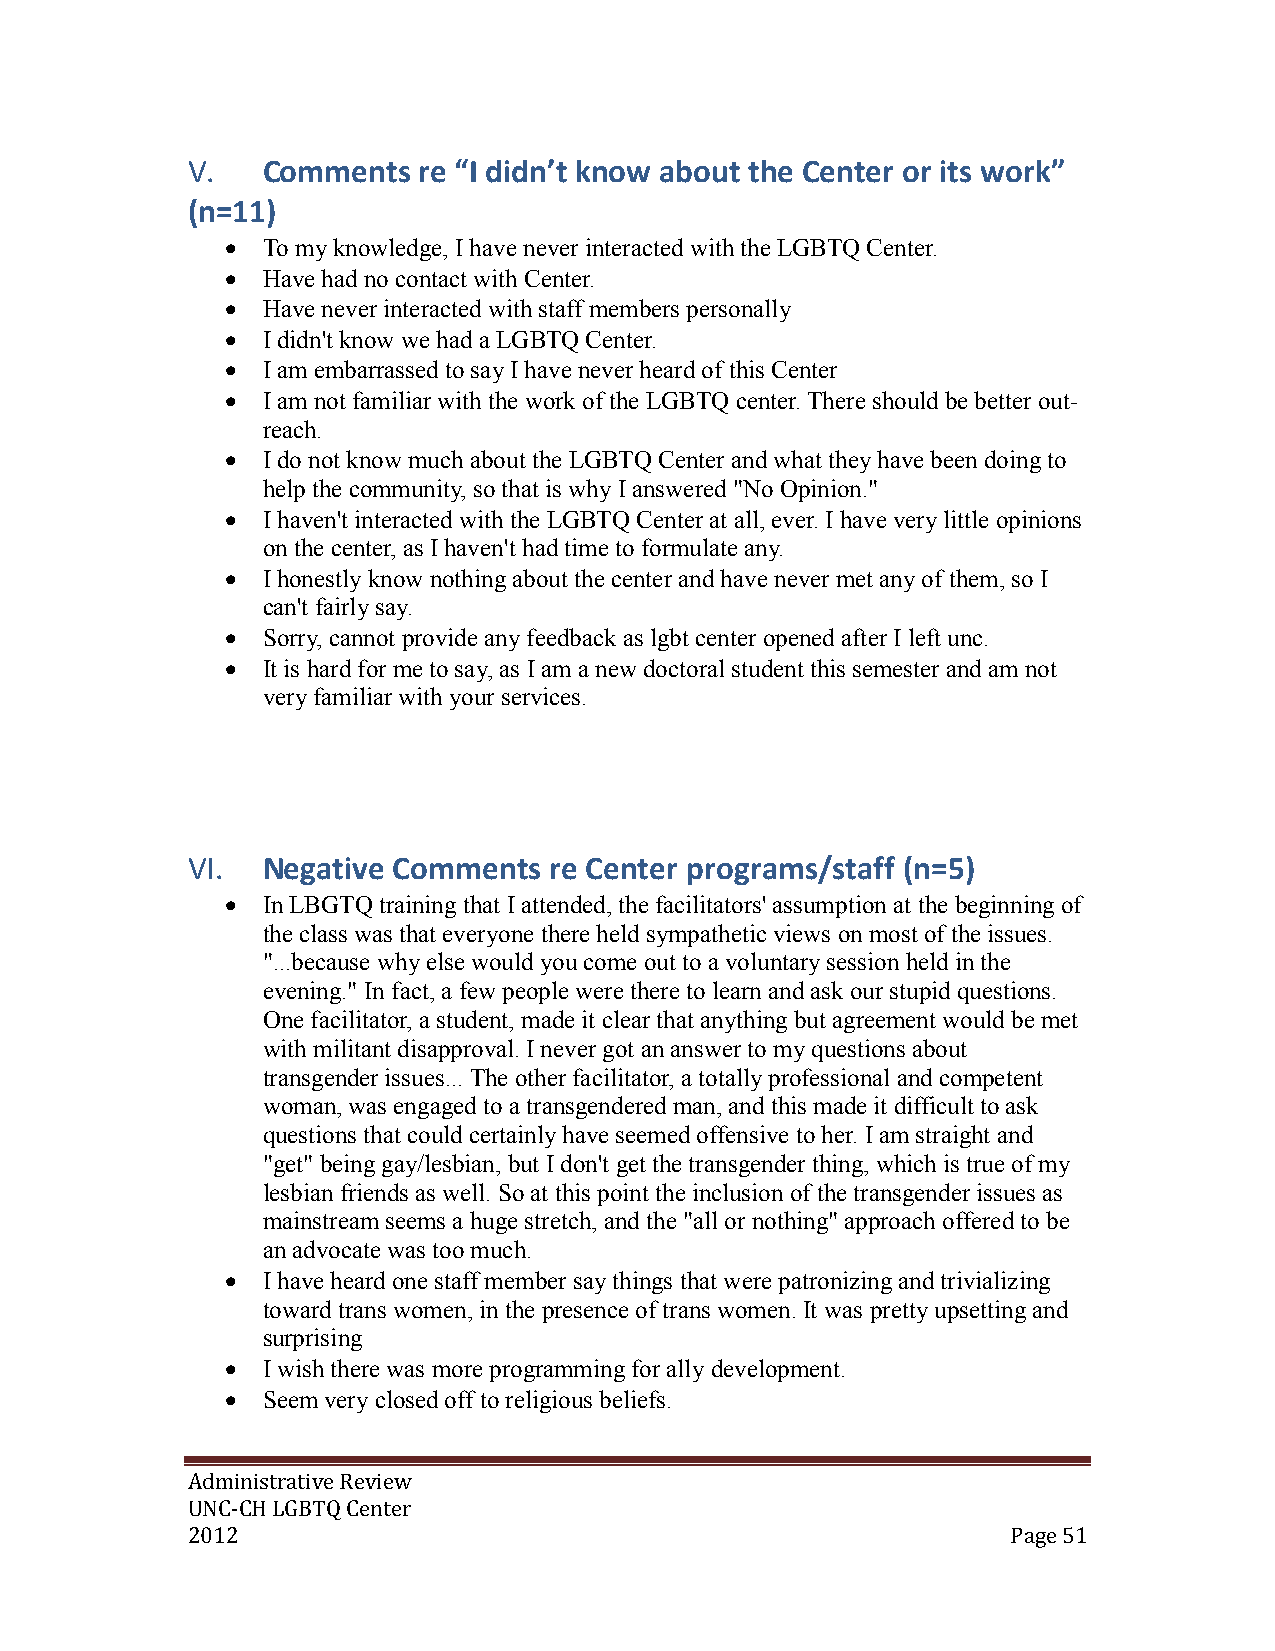
V.   Comments   re “I didn’t know about the Center or its work”
 (n=11)
  To my knowledge, I have never interacted with the LGBTQ Center.
  Have had no contact with Center.
  Have never interacted with staff members personally
  I didn't know we had a LGBTQ Center.
  I am embarrassed to say I have never heard of this Center
  I am not familiar with the work of the LGBTQ center. There should be better out-
 reach.
  I do not know much about the LGBTQ Center and what they have been doing to
 help the community, so that is why I answered "No Opinion."
  I haven't interacted with the LGBTQ Center at all, ever. I have very little opinions
 on the center, as I haven't had time to formulate any.
  I honestly know nothing about the center and have never met any of them, so I
 can't fairly say.
  Sorry, cannot provide any feedback as lgbt center opened after I left unc.
  It is hard for me to say, as I am a new doctoral student this semester and am not
 very familiar with your services.
 VI.  Negative Comments  re Center programs/staff (n=5)
  In LBGTQ training that I attended, the facilitators' assumption at the beginning of
 the class was that everyone there held sympathetic views on most of the issues.
 "...because why else would you come out to a voluntary session held in the
 evening." In fact, a few people were there to learn and ask our stupid questions.
 One facilitator, a student, made it clear that anything but agreement would be met
 with militant disapproval. I never got an answer to my questions about
 transgender issues... The other facilitator, a totally professional and competent
 woman, was engaged to a transgendered man, and this made it difficult to ask
 questions that could certainly have seemed offensive to her. I am straight and
 "get" being gay/lesbian, but I don't get the transgender thing, which is true of my
 lesbian friends as well. So at this point the inclusion of the transgender issues as
 mainstream seems a huge stretch, and the "all or nothing" approach offered to be
 an advocate was too much.
  I have heard one staff member say things that were patronizing and trivializing
 toward trans women, in the presence of trans women. It was pretty upsetting and
 surprising
  I wish there was more programming for ally development.
  Seem very closed off to religious beliefs.
 Administrative Review
 UNC-CH LGBTQ Center
 2012                                                   Page 51